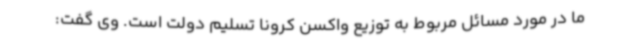
ما در مورد مسائل مربوط به توزیع واکسن کرونا تسلیم دولت است. وی گفت: